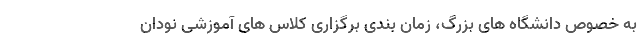
به خصوص دانشگاه های بزرگ، زمان بندی برگزاری کلاس های آموزشی نودان